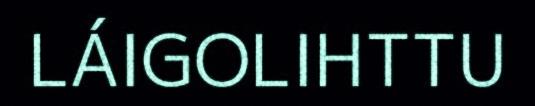
LÁIGOLIHTTU